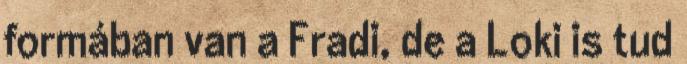
formában van a Fradi, de a Loki is tud